Report on inoculation in the plague infected areas of the Punjab and its dependencies from October 1900 to September 1901
Year: 1900
Disease focus: Plague
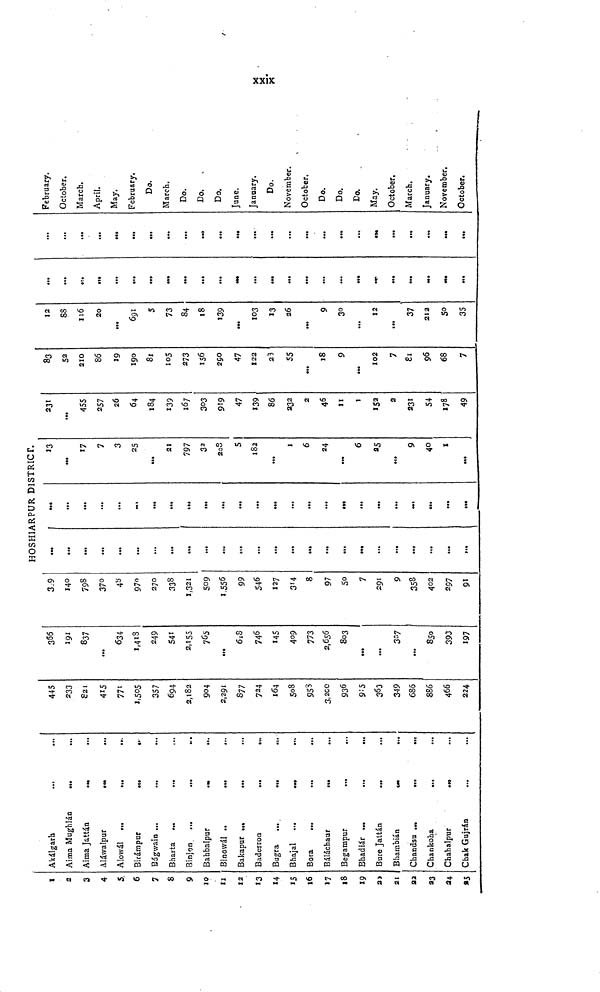
xxix
1
2
3
4
5
6
7
8
9
10
11
12
13
14
15
16
17
18
19
20
21
22
23
24
25
Akálgarh
...
...
Aima Mughlán
...
Aima Jattán
Aláwalpur
Alowál
Birámpur
Bágwain
Bharta
Binjon ...
...
Bahbalpur
Binowál
Bakapur
Badesron
...
Bugra
Bhajal
Bora
...
...
.„
Báláchaur
Begampur
Bhadiár ...
Bure Jattán
...
Bhambián
Chandsu ...
...
.
Chankoha
Chahalpur
Cbak Gujrán
445
233
821
415
771
1,505
357
694
2,182
904
2,291
877
724
164
508
958
3,200
936
915
363
349
685
886
466
224
366
191
837
...
634
1,418
249
541
2,155
765
...
618
746
145
409
773
2,656
803
...
307
...
850
393
197
389
140
798
370
48
970
270
338
1,321
509
1,556
99
546
127
314
8
97
50
7
291
9
358
402
297
91
HOSHIARPUR DISTRICT.
...
...
...
...
...
...
...
...
...
...
...
...
...
...
...
...
...
...
...
...
...
...
...
...
...
...
...
...
...
...
...
...
...
...
...
...
...
13
...
17
7
3
25
...
21
797
32
208
5
182
...
1
6
24
6
25
9
40
1
...
231
...
455
257
26
64
184
139
167
303
919
47
139
86
232
2
46
11
1
2
231
54
178
49
83
52
210
86
19
190
81
105
273
156
290
47
122
23
55
18
9
...
102
7
81
96
68
7
12
88
116
20
...
691
5
73
84
18
139
...
103
13
26
...
9
30
...
12
...
37
212
50
35
...
...
...
...
...
...
...
...
...
...
...
...
...
...
...
...
...
...
...
...
...
...
...
...
...
.«9
...
...
...
...
...
...
...
...
...
...
...
...
February.
October.
March.
April.
May.
February,
Do.
March.
Do.
Do.
Do.
June.
January.
Do.
November.
October.
Do.
Do.
Do.
May.
October.
March.
January.
November,
October.